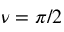
\nu = \pi / 2